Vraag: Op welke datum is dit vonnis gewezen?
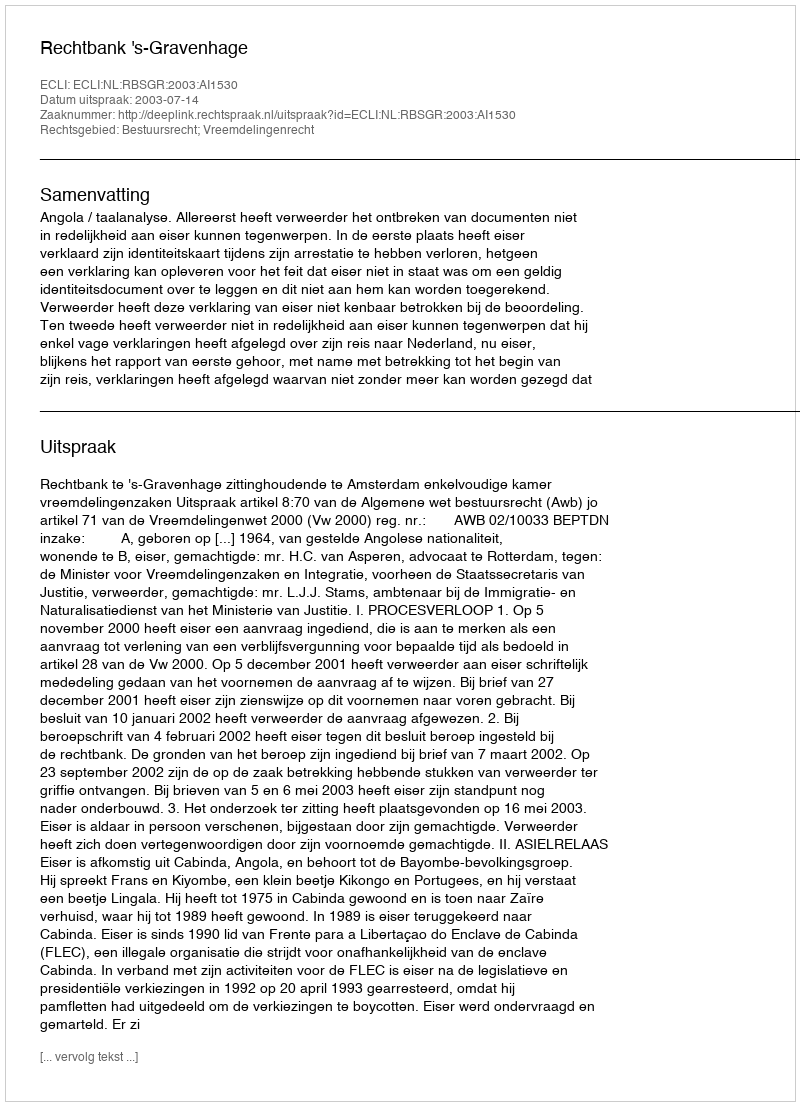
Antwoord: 2003-07-14